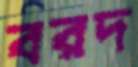
বরদ